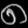
Digit: ၈